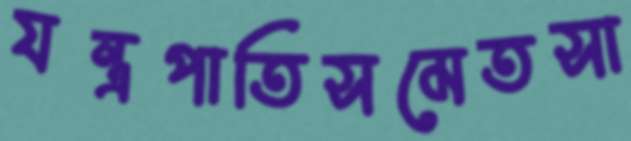
যন্ত্রপাতিসমেতসা